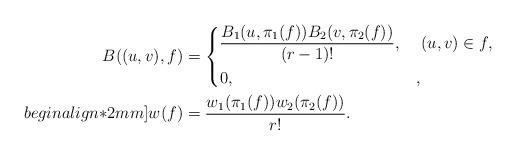
LaTeX: \begin{align*}B((u,v),f) & =\begin{dcases}\frac{B_1(u,\pi_1(f))B_2(v,\pi_2(f))}{(r-1)!}, & \ (u,v)\in f,\\0, & ,\end{dcases}\\begin{align*}2mm]w(f) & =\frac{w_1(\pi_1(f))w_2(\pi_2(f))}{r!}. \end{align*}